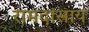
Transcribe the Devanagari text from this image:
रामदासाय